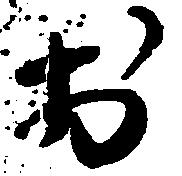
於